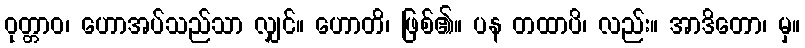
ဝုတ္တာဝ၊ ဟောအပ်သည်သာ လျှင်။ ဟောတိ၊ ဖြစ်၏။ ပန တထာပိ၊ လည်း။ အာဒိတော၊ မှ။